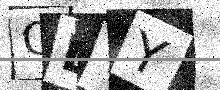
Text: QDYY